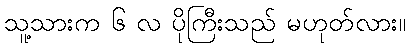
သူ့သားက ၆ လ ပိုကြီးသည် မဟုတ်လား။